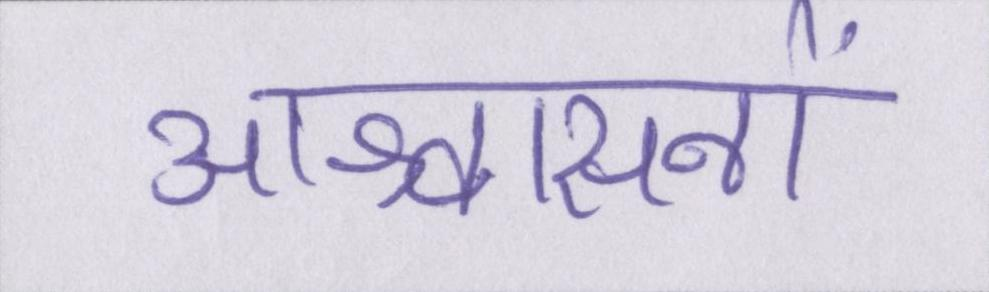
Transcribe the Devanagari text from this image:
आश्वासनों